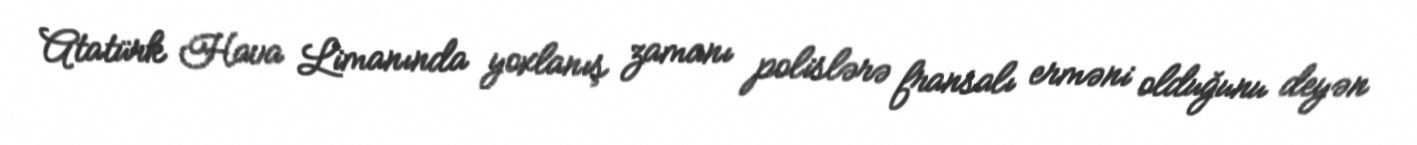
Atatürk Hava Limanında yoxlanış zamanı polislərə fransalı erməni olduğunu deyən